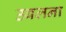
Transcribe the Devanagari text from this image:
उबलना